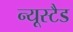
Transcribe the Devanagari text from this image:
न्यूस्टैड